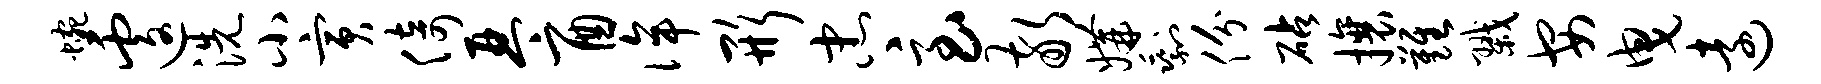
蜿遽洗小寅倚琴酉侔形忠急敬媾剩份砧攘难戮安曳远